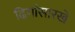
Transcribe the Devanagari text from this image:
ढिगांसारखे